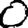
Digit: 0